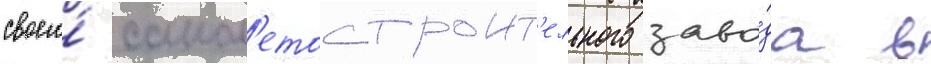
своего́ самол'етостроит'ельного заво́да в